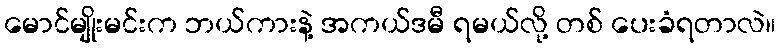
မောင်မျိုးမင်းက ဘယ်ကားနဲ့ အကယ်ဒမီ ရမယ်လို့ တစ် ပေးခံရတာလဲ။